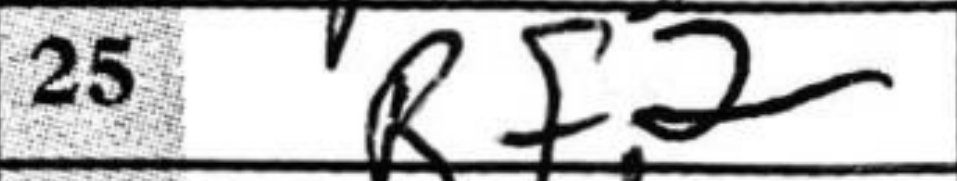
Transcription: Rf2